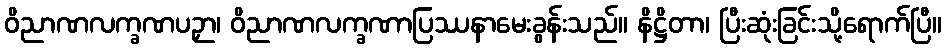
ဝိညာဏလက္ခဏပဉှာ၊ ဝိညာဏလက္ခဏာပြဿနာမေးခွန်းသည်။ နိဋ္ဌိတာ၊ ပြီးဆုံးခြင်းသို့ရောက်ပြီ။